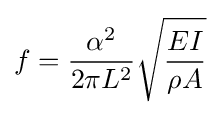
f={\frac {\alpha ^{2}}{2\pi L^{2}}}{\sqrt {\frac {EI}{\rho A}}}